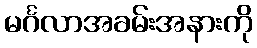
မင်္ဂလာအခမ်းအနားကို